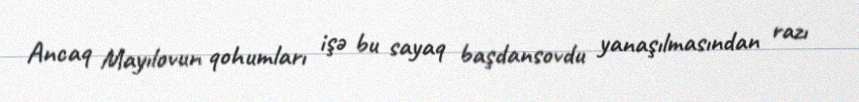
Ancaq Mayılovun qohumları işə bu sayaq başdansovdu yanaşılmasından razı